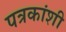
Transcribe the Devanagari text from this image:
पत्रकांशी